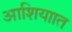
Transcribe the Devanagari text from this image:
आशियाात